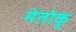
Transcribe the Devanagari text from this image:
मेतोकु